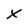
Character: X